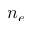
n _ { e }